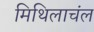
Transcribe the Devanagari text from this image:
मिथिलाचंल